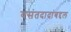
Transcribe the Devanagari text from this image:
वसंतदादांबद्दल